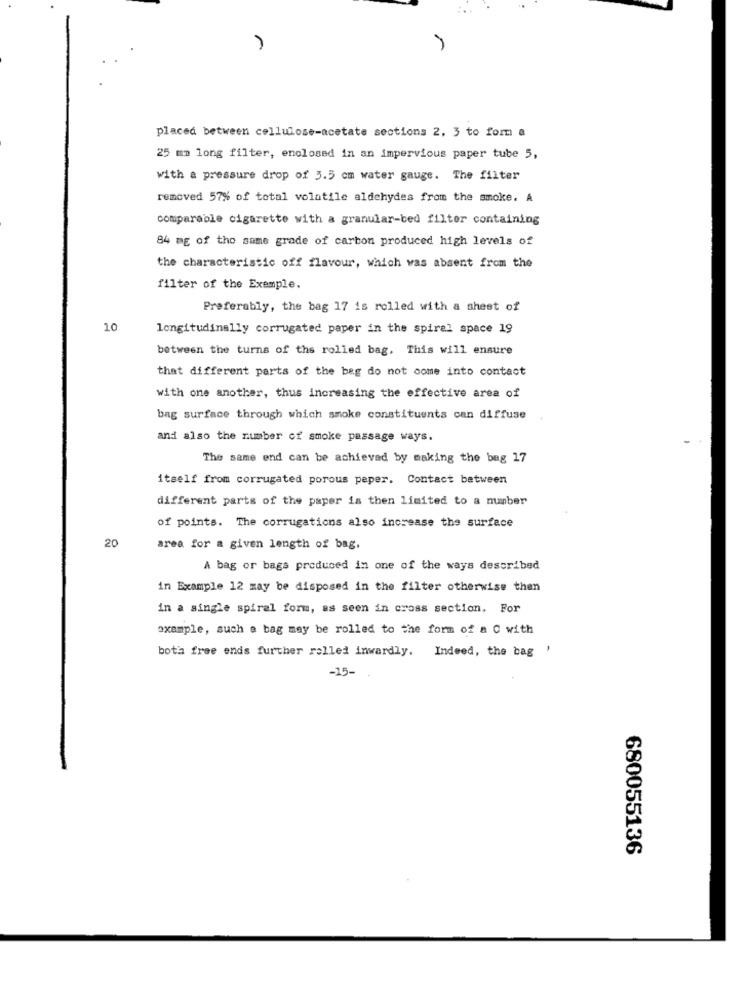
placed between cellulose-acetate sections 2, 3 to form a
25 mm long filter, enclosed in an impervious paper tube 5,
with a pressure drop of 3.5 cm water gauge. The filter
removed 57% of total volatile aldehydes from the smoke. A
comparable cigarette with a granular-bed filter containing
84 mg of the same grade of carbon produced high levels of
the characteristic off flavour, which was absent from the
filter of the Exemple.
Preferably, the bag 17 is rolled with a sheet of
10
longitudinally corrugated paper in the spiral space 19
between the turns of the rolled bag. This will ensure
that different parts of the beg do not come into contact
with one another, thus increasing the effective area of
bag surface through which smoke constituents can diffuse
and also the number of smoke passage ways.
The same end can be achieved by making the bag 17
itself from corrugated porous peper. Contact between
different parts of the paper is then limited to a mmber
of points. The corrugations also increase the surface
20
area for a given length of bag.
A bag or bags produced in one of the ways described
in Example 12 may be disposed in the filter otherwise then
in a single spiral form, as seen in cross section. For
example, such a bag may be rolled to the form of a C with
both free ends further rolled inwardly. Indeed, the bag '
-15-
680055136